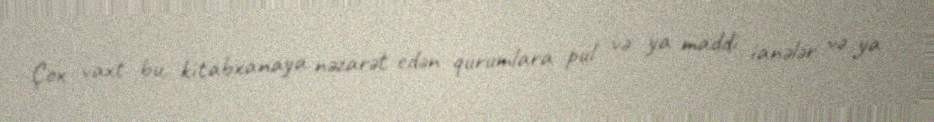
Çox vaxt bu, kitabxanaya nəzarət edən qurumlara pul və ya maddi ianələr və ya